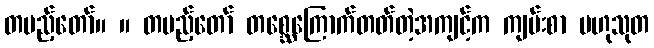
တပည့်တော်။ ။ တပည့်တော် တစ္ဆေကြောက်တတ်တဲ့အကျင့်က ကျမ်းစာ ဗဟုသုတ